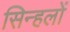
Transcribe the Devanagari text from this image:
सिन्हलों